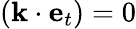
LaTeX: ({\mathbf k}\cdot{\mathbf e}_{t})=0